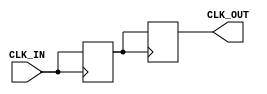
module ClockBuffer (
    input wire CLK_IN,     // Input clock signal
    output reg CLK_OUT     // Buffered clock output
);

// Parameters for timing characteristics
parameter PROP_DELAY = 1; // Propagation delay in ns

// Internal signal to hold the delayed clock
reg CLK_DELAYED;

// Always block to model the clock buffering behavior
always @(posedge CLK_IN) begin
    #PROP_DELAY CLK_DELAYED <= CLK_IN; // Introduce fixed propagation delay
end

// Assign the buffered clock output
always @(posedge CLK_DELAYED) begin
    CLK_OUT <= CLK_DELAYED; // Mirror the delayed clock signal
end

endmodule